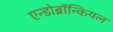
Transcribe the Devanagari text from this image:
एन्डोब्रॉन्कियल